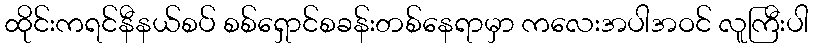
ထိုင်းကရင်နီနယ်စပ် စစ်ရှောင်စခန်းတစ်နေရာမှာ ကလေးအပါအဝင် လူကြီးပါ